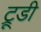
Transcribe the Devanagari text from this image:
ट्रूडी